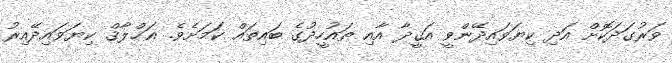
ވަރުގަދަކޮށް އަދި ކިޔަވައިދޭންވީ އަޤީދާ އާއި ތައުހީދުގެ ބައިތައް ކަމަށެވެ. އަޚްލާޤް ކިޔަވައިދޭއިރު